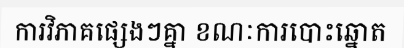
ការវិភាគផ្សេងៗគ្នា ខណៈការបោះឆ្នោត